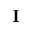
\mathbf { I }